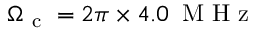
\Omega _ { \mathrm { ~ c ~ } } = 2 \pi \times 4 . 0 \, \mathrm { ~ M ~ H ~ z ~ }